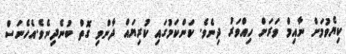
ކިޔެވުމަށް ނާއިމް ވަރަށް ހިއްވަރު ދިނެވެ. ކަންކަމުގައި ކުރިޔައް ދާންވި ގޮތް ބުނެދިނެވެ.އެހެނަސް